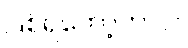
ဖြစ်ရတော့တာပဲ။